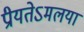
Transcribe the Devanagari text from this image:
प्रीयतेऽमलया